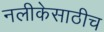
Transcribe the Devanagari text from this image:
नलीकेसाठीच